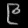
Digit: ၉